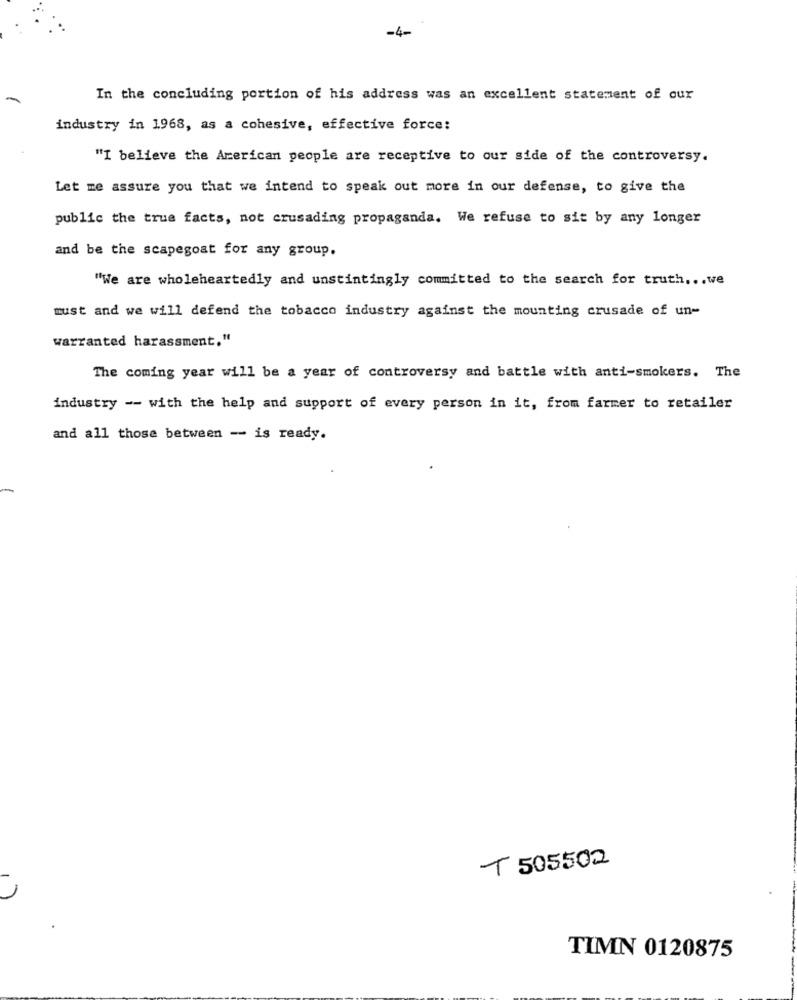
-4-
In the concluding portion of his address was an excellent statement of our
industry in 1968, as a cohesive, effective force:
"I believe the American people are receptive to our side of the controversy.
Let me assure you that we intend to speak out more in our defense, to give the
public the true facts, not crusading propaganda. We refuse to sit by any longer
and be the scapegoat for any group.
"We are wholeheartedly and unstintingly committed to the search for truth ... we
must and we will defend the tobacco industry against the mounting crusade of un-
warranted harassment."
The coming year will be a year of controversy and battle with anti-smokers. The
industry -- with the help and support of every person in it, from farmer to retailer
and all those between -- is ready.
T 505502
17
TIMN 0120875